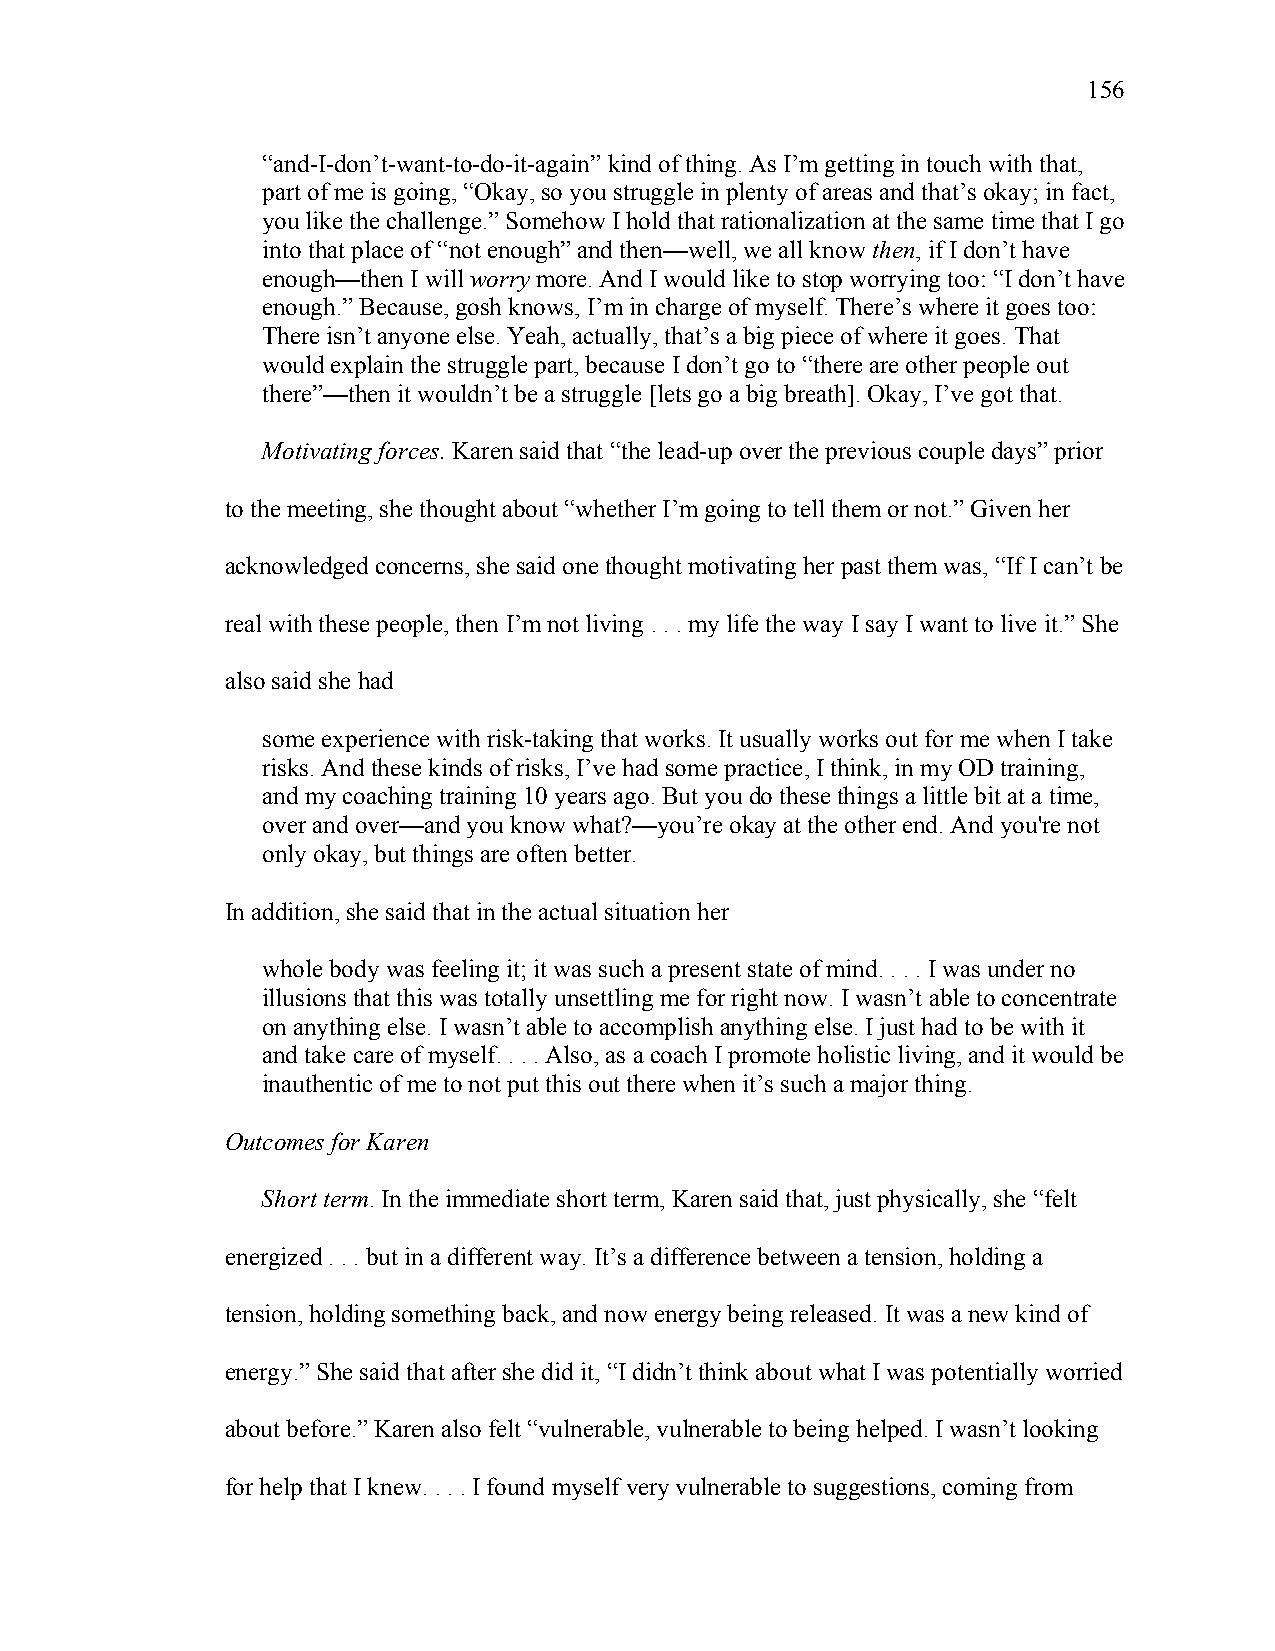
156
 “and-I-don’t-want-to-do-it-again” kind of thing. As I’m getting in touch with that,
 part of me is going, “Okay, so you struggle in plenty of areas and that’s okay; in fact,
 you like the challenge.” Somehow I hold that rationalization at the same time that I go
 into that place of “not enough” and then—well, we all know then, if I don’t have
 enough—then I will worry more. And I would like to stop worrying too: “I don’t have
 enough.” Because, gosh knows, I’m in charge of myself. There’s where it goes too:
 There isn’t anyone else. Yeah, actually, that’s a big piece of where it goes. That
 would explain the struggle part, because I don’t go to “there are other people out
 there”—then it wouldn’t be a struggle [lets go a big breath]. Okay, I’ve got that.
 Motivating forces. Karen said that “the lead-up over the previous couple days” prior
 to the meeting, she thought about “whether I’m going to tell them or not.” Given her
 acknowledged concerns, she said one thought motivating her past them was, “If I can’t be
 real with these people, then I’m not living . . . my life the way I say I want to live it.” She
 also said she had
 some experience with risk-taking that works. It usually works out for me when I take
 risks. And these kinds of risks, I’ve had some practice, I think, in my OD training,
 and my coaching training 10 years ago. But you do these things a little bit at a time,
 over and over—and you know what?—you’re okay at the other end. And you're not
 only okay, but things are often better.
 In addition, she said that in the actual situation her
 whole body was feeling it; it was such a present state of mind. . . . I was under no
 illusions that this was totally unsettling me for right now. I wasn’t able to concentrate
 on anything else. I wasn’t able to accomplish anything else. I just had to be with it
 and take care of myself. . . . Also, as a coach I promote holistic living, and it would be
 inauthentic of me to not put this out there when it’s such a major thing.
 Outcomes for Karen
 Short term. In the immediate short term, Karen said that, just physically, she “felt
 energized . . . but in a different way. It’s a difference between a tension, holding a
 tension, holding something back, and now energy being released. It was a new kind of
 energy.” She said that after she did it, “I didn’t think about what I was potentially worried
 about before.” Karen also felt “vulnerable, vulnerable to being helped. I wasn’t looking
 for help that I knew. . . . I found myself very vulnerable to suggestions, coming from